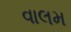
વાલમ